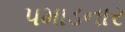
પમાડનાર